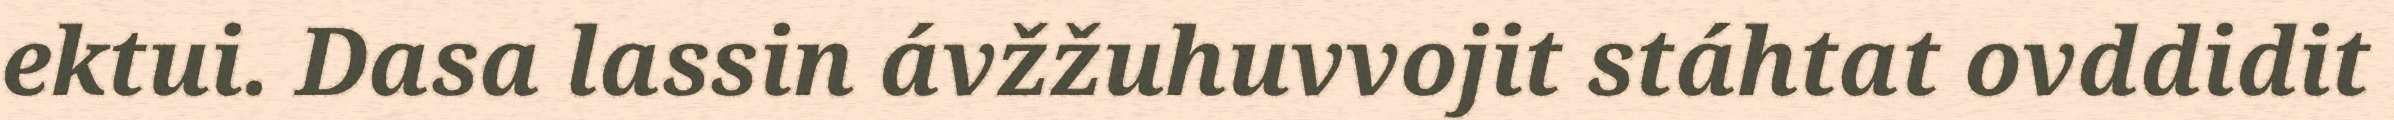
ektui. Dasa lassin ávžžuhuvvojit stáhtat ovddidit